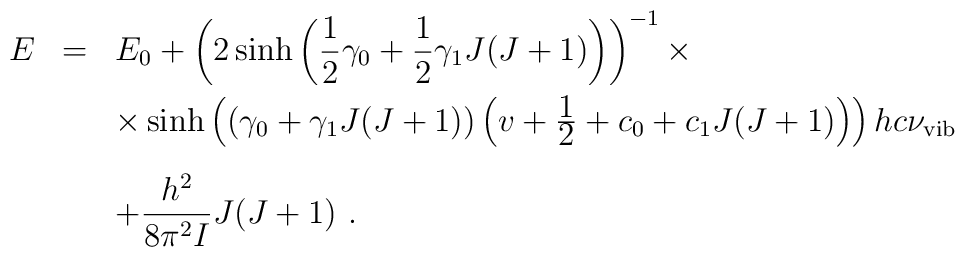
\begin{array}{rcl}E&=&E_0+\left(\displaystyle 2\sinh    \left({1\over2}\gamma_0+{1\over2}\gamma_1J(J+1)\right)    \right)^{-1}\times\\[3mm] & &\times \sinh\left(\left(\displaystyle\gamma_0+\gamma_1J(J+1)\right)    \left(v+{\displaystyle 1\over\displaystyle    2}+c_0+c_1J(J+1)\right)\right)hc\nu_{\rm vib}\\[4mm] & &+\displaystyle\frac{h^2}{8\pi^2I}J(J+1)~.\end{array}